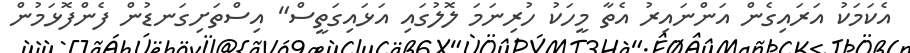
އެކަމަކު އަރައިގެން އަންނައިރު އެތާ މީހަކު ހުރިނަމަ ލޮލުގައި އަޅައިގަތީސް" އިސްތަށިގަނޑުން ފެންފޮޅަމުން